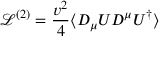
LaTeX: { \mathcal { L } } ^ { ( 2 ) } = \frac { v ^ { 2 } } { 4 } \langle D _ { \mu } U D ^ { \mu } U ^ { \dagger } \rangle